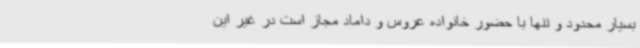
بسیار محدود و تنها با حضور خانواده عروس و داماد مجاز است در غیر این